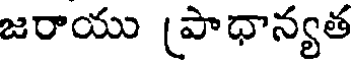
జరాయు (పాధాన్యత